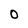
Character: O